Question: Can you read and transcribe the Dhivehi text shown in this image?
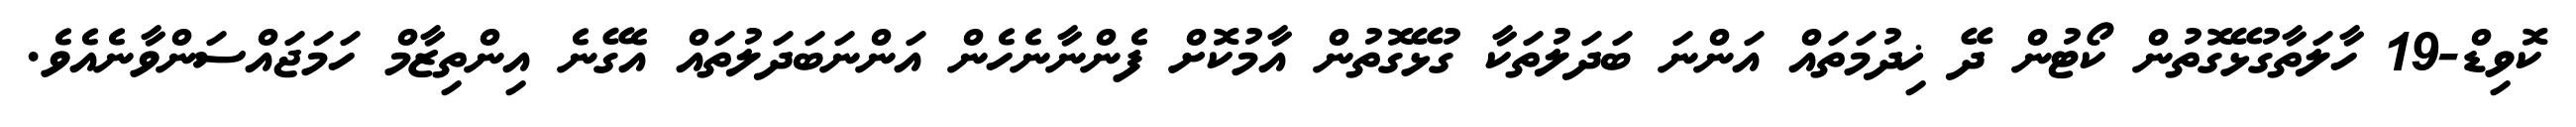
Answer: ކޮވިޑް-19 ހާލަތާގުޅޭގޮތުން ކޯޓުން ދޭ ޚިދުމަތައް އަންނަ ބަދަލުތަކާ ގުޅޭގޮތުން އާމުކޮށް ފެންނާނެހެން އަންނަބަދަލުތައް އެގޭނެ އިންތިޒާމް ހަމަޖައްސަންވާނެއެވެ.